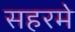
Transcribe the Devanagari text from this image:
सहरमे